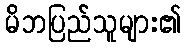
မိဘပြည်သူများ၏